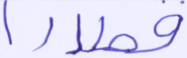
قنطارا